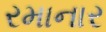
રમાનાર